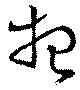
想